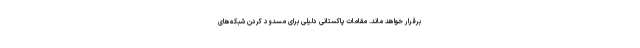
برقرار خواهد ماند. مقامات پاکستانی دلیلی برای مسدود کردن شبکه‌های